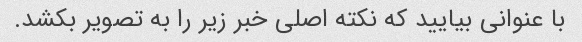
با عنوانی بیایید که نکته اصلی خبر زیر را به تصویر بکشد.